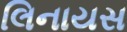
લિનાયસ